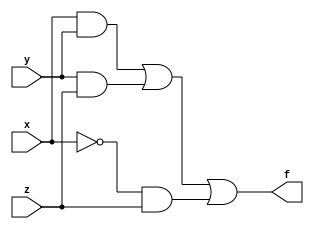
module function1(x, y, z, f);
input x,
y,
z;
output f;
// here F = xy + yz + x 'z
assign f = (x & y) | (y & z )| (~x & z);

endmodule


//Test bench
module test_and;
reg x,y,z;
wire f;

  function1 a1(x,y,z,f);
  initial
  begin
    $dumpfile("check.vcd");
    $dumpvars(0,test_and);
        x=0;y=0;z=0;#100;
    x=0;y=0;z=1;#100;
     x=0;y=1;z=0;#100;
     x=0;y=1;z=1;#100;
     x=1;y=0;z=0;#100;
     x=1;y=0;z=1;#100;
     x=1;y=1;z=0;#100;
     x=1;y=0;z=1;#100;
    x=1;y=1;z=1;#100;



  end
endmodule